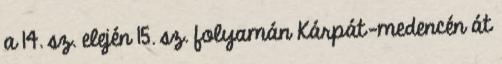
a 14. sz. elején 15. sz. folyamán Kárpát-medencén át